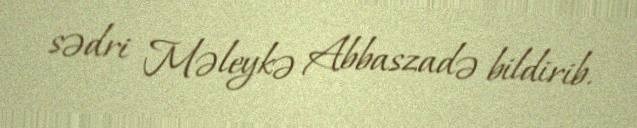
sədri Məleykə Abbaszadə bildirib.